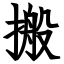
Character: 搬